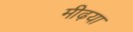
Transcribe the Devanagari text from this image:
मीढ़या